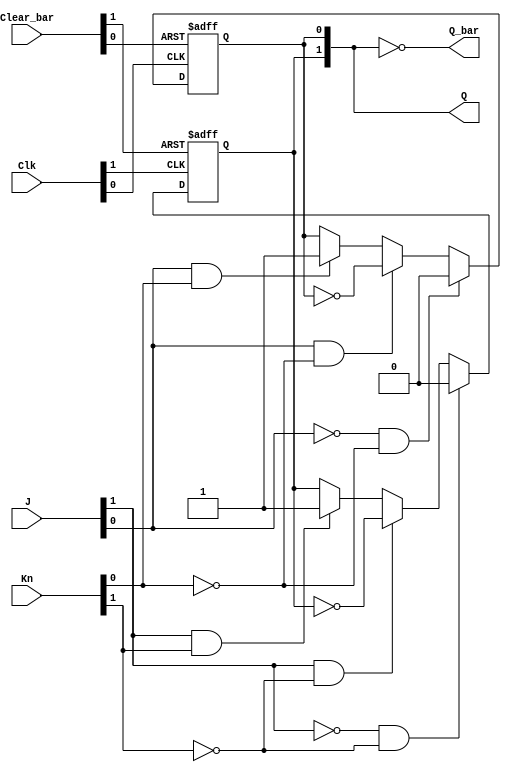
// Dual J-/K flip-flop with clear; positive-edge-triggered

// Note:  Clear_bar is asynchronous as specified in datasheet for this device,
//ignored Preset_bar, for implementations that don't use the Preset input
`default_nettype none
`timescale 1ns/1ns

module ttl_74109_cl #(parameter BLOCKS = 2, DELAY_RISE = 0, DELAY_FALL = 0)
(
  input wire [BLOCKS-1:0] Clear_bar,
  input wire [BLOCKS-1:0] J,
  input wire [BLOCKS-1:0] Kn,
  input wire [BLOCKS-1:0] Clk,
  output wire [BLOCKS-1:0] Q,
  output wire [BLOCKS-1:0] Q_bar
);

//------------------------------------------------//
reg [BLOCKS-1:0] Q_current;

generate
  genvar i;
  for (i = 0; i < BLOCKS; i = i + 1)
  begin: gen_blocks
    initial Q_current[i] = 1'b0; //supposition
    always @(posedge Clk[i] or negedge Clear_bar[i])
    begin
      if (!Clear_bar[i])
        Q_current[i] <= 1'b0; //CLEAR
      else
      begin
          if (!J[i] && !Kn[i])
            Q_current[i] <= 1'b0; //set low
          else if (J[i] && !Kn[i])
            Q_current[i] <= ~Q_current[i]; //toggle
          else if (J[i] && Kn[i])
            Q_current[i] <= 1'b1; //set high
          // else
          //   Q_current[i] <= Q_current[i]; //hold value
      end
    end
  end
endgenerate
//------------------------------------------------//

assign #(DELAY_RISE, DELAY_FALL) Q = Q_current;
assign #(DELAY_RISE, DELAY_FALL) Q_bar = ~Q_current;

endmodule